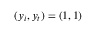
( y _ { i } , y _ { t } ) = ( 1 , 1 )